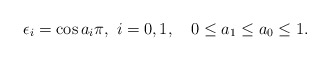
\begin{align*} \epsilon_i=\cos a_i\pi, \ i=0,1,\quad 0\le a_1\le a_0\le 1.\end{align*}